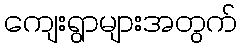
ကျေးရွာများအတွက်